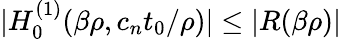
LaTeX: \lvert H_{0}^{(1)}(\beta\rho,c_{n}t_{0}/\rho)\rvert\le\lvert R(\beta\rho)\rvert